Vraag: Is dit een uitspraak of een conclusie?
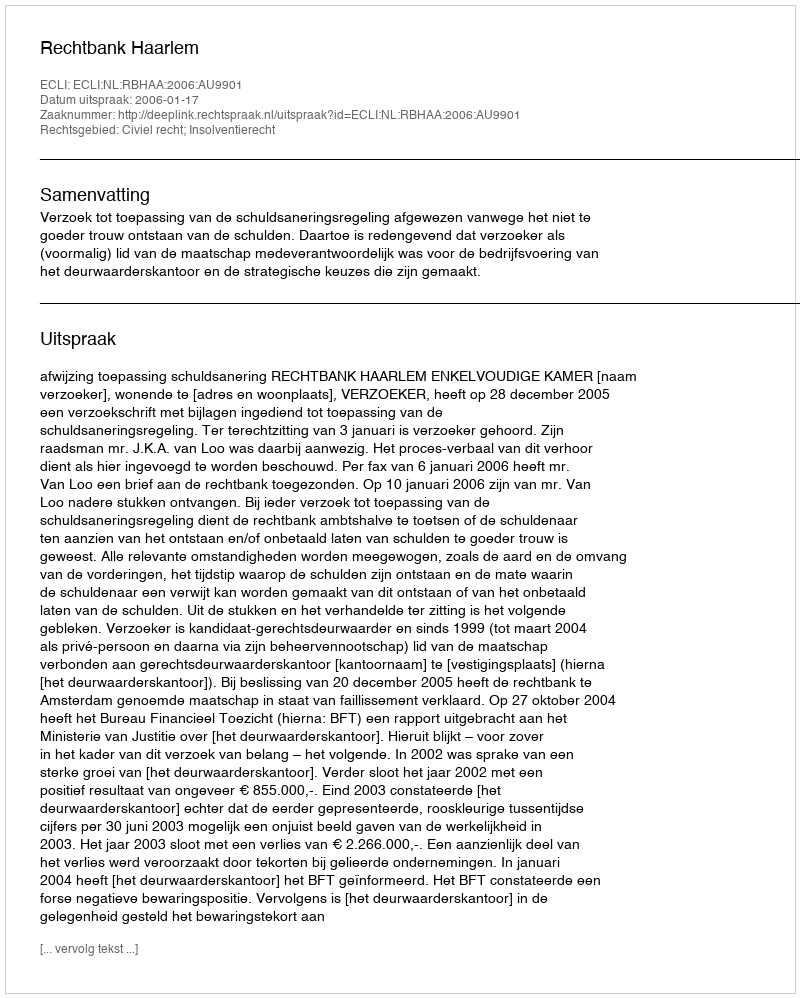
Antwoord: Uitspraak